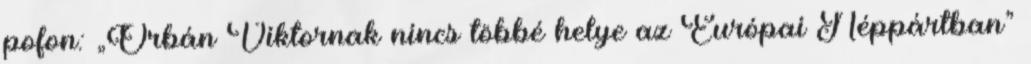
pofon: „Orbán Viktornak nincs többé helye az Európai Néppártban”